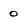
Character: 0